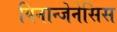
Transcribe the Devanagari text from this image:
पिनान्जेनेसिस